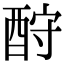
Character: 酧